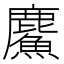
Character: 𲎍